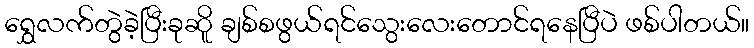
ရွှေလက်တွဲခဲ့ပြီးခုဆိူ ချစ်စဖွယ်ရင်သွေးလေးတောင်ရနေပြီပဲ ဖစ်ပါတယ်။